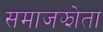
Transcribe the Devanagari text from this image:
समाजझोता